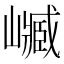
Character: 𡽴